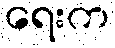
ရေးက